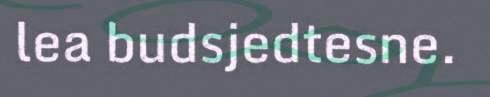
lea budsjedtesne.